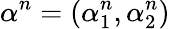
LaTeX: \alpha^{n}=(\alpha_{1}^{n},\alpha_{2}^{n})